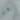
نحن